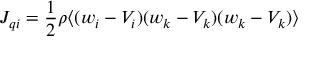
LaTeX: J _ { q i } = { \frac { 1 } { 2 } } \rho \langle ( w _ { i } - V _ { i } ) ( w _ { k } - V _ { k } ) ( w _ { k } - V _ { k } ) \rangle